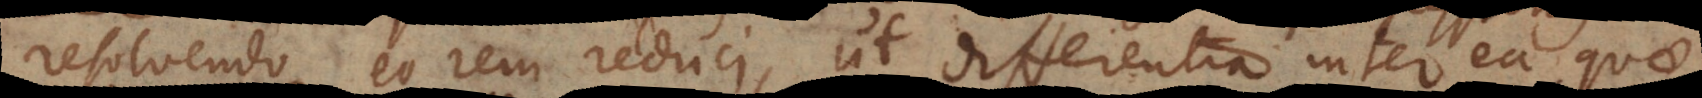
resolvendo eo rem reduci, ut differentia inter ea qua